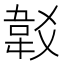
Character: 𩎔